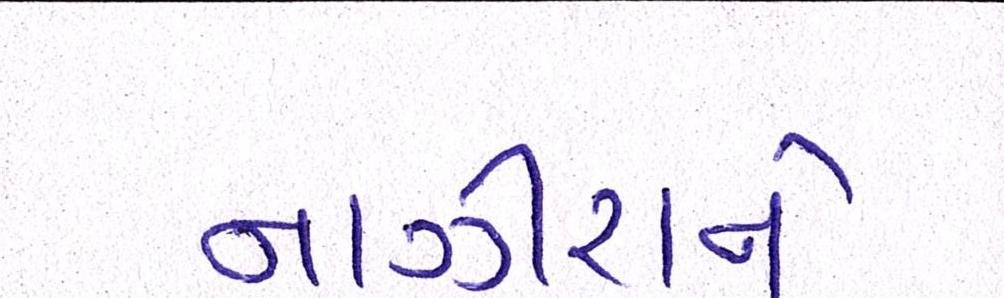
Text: નાઝીરાને